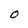
Character: O